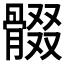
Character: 𩩟